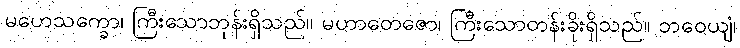
မဟေသက္ခော၊ ကြီးသောဘုန်းရှိသည်။ မဟာတေဇော၊ ကြီးသောတန်းခိုးရှိသည်။ ဘဝေယျံ၊